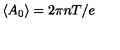
\left\langle A _ { 0 } \right\rangle = { 2 \pi n T } / { e }